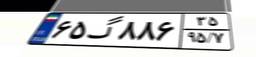
۶۵گ۸۸۶۳۵